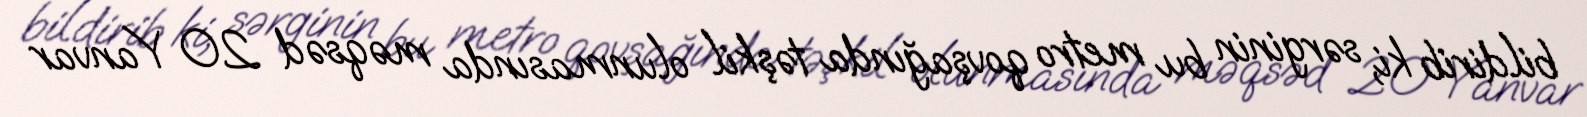
bildirib ki, sərginin bu metro qovşağında təşkil olunmasında məqsəd 20 Yanvar